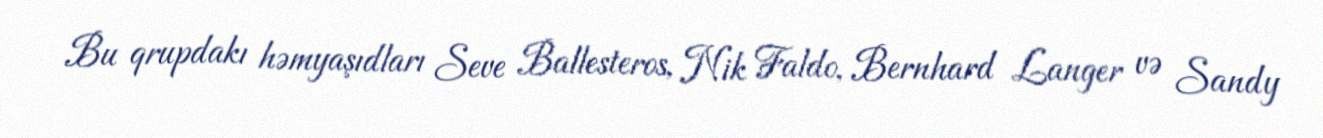
Bu qrupdakı həmyaşıdları Seve Ballesteros, Nik Faldo, Bernhard Langer və Sandy